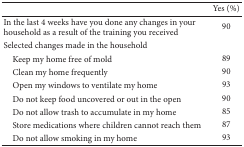
<table><thead><tr><td><b> </b></td><td><b>Yes (%)</b></td></tr></thead><tbody><tr><td>In the last 4 weeks have you done any changes in your household as a result of the training you received</td><td>90</td></tr><tr><td>Selected changes made in the household</td><td> </td></tr><tr><td> Keep my home free of mold</td><td>89</td></tr><tr><td> Clean my home frequently</td><td>90</td></tr><tr><td> Open my windows to ventilate my home</td><td>93</td></tr><tr><td> Do not keep food uncovered or out in the open</td><td>90</td></tr><tr><td> Do not allow trash to accumulate in my home</td><td>85</td></tr><tr><td> Store medications where children cannot reach them</td><td>87</td></tr><tr><td> Do not allow smoking in my home</td><td>93</td></tr></tbody></table>